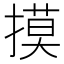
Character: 摸